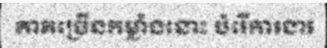
ភាគច្រើនកម្លាំងនោះ បំរើការងារ